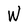
Character: W